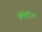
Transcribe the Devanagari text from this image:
हेमेटिन